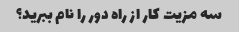
سه مزیت کار از راه دور را نام ببرید؟